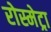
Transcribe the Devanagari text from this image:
रोस्मेट्रा